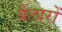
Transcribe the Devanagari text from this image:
बैलारों